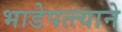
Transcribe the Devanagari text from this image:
भाडेपत्त्याने